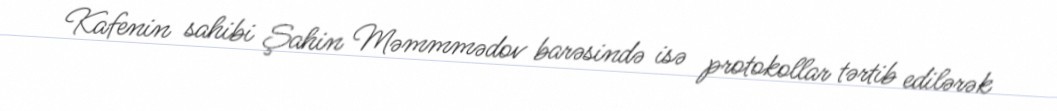
Kafenin sahibi Şahin Məmmmədov barəsində isə protokollar tərtib edilərək